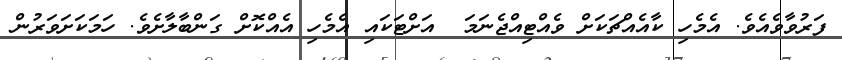
ފަރުވާވެއެވެ. އެމެހި ކާއެއްޗަކަށް ވެއްޓިއްޖެނަމަ  އަށްޓަކައި އެމެހި އެއްކޮށް ގަންބާލާށެވެ. ހަމަކަށަވަރުން